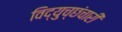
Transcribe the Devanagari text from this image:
विद्युच्छंचारी